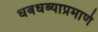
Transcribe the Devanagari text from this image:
धबधब्याप्रमाणे